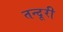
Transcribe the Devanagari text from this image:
तन्दूरी